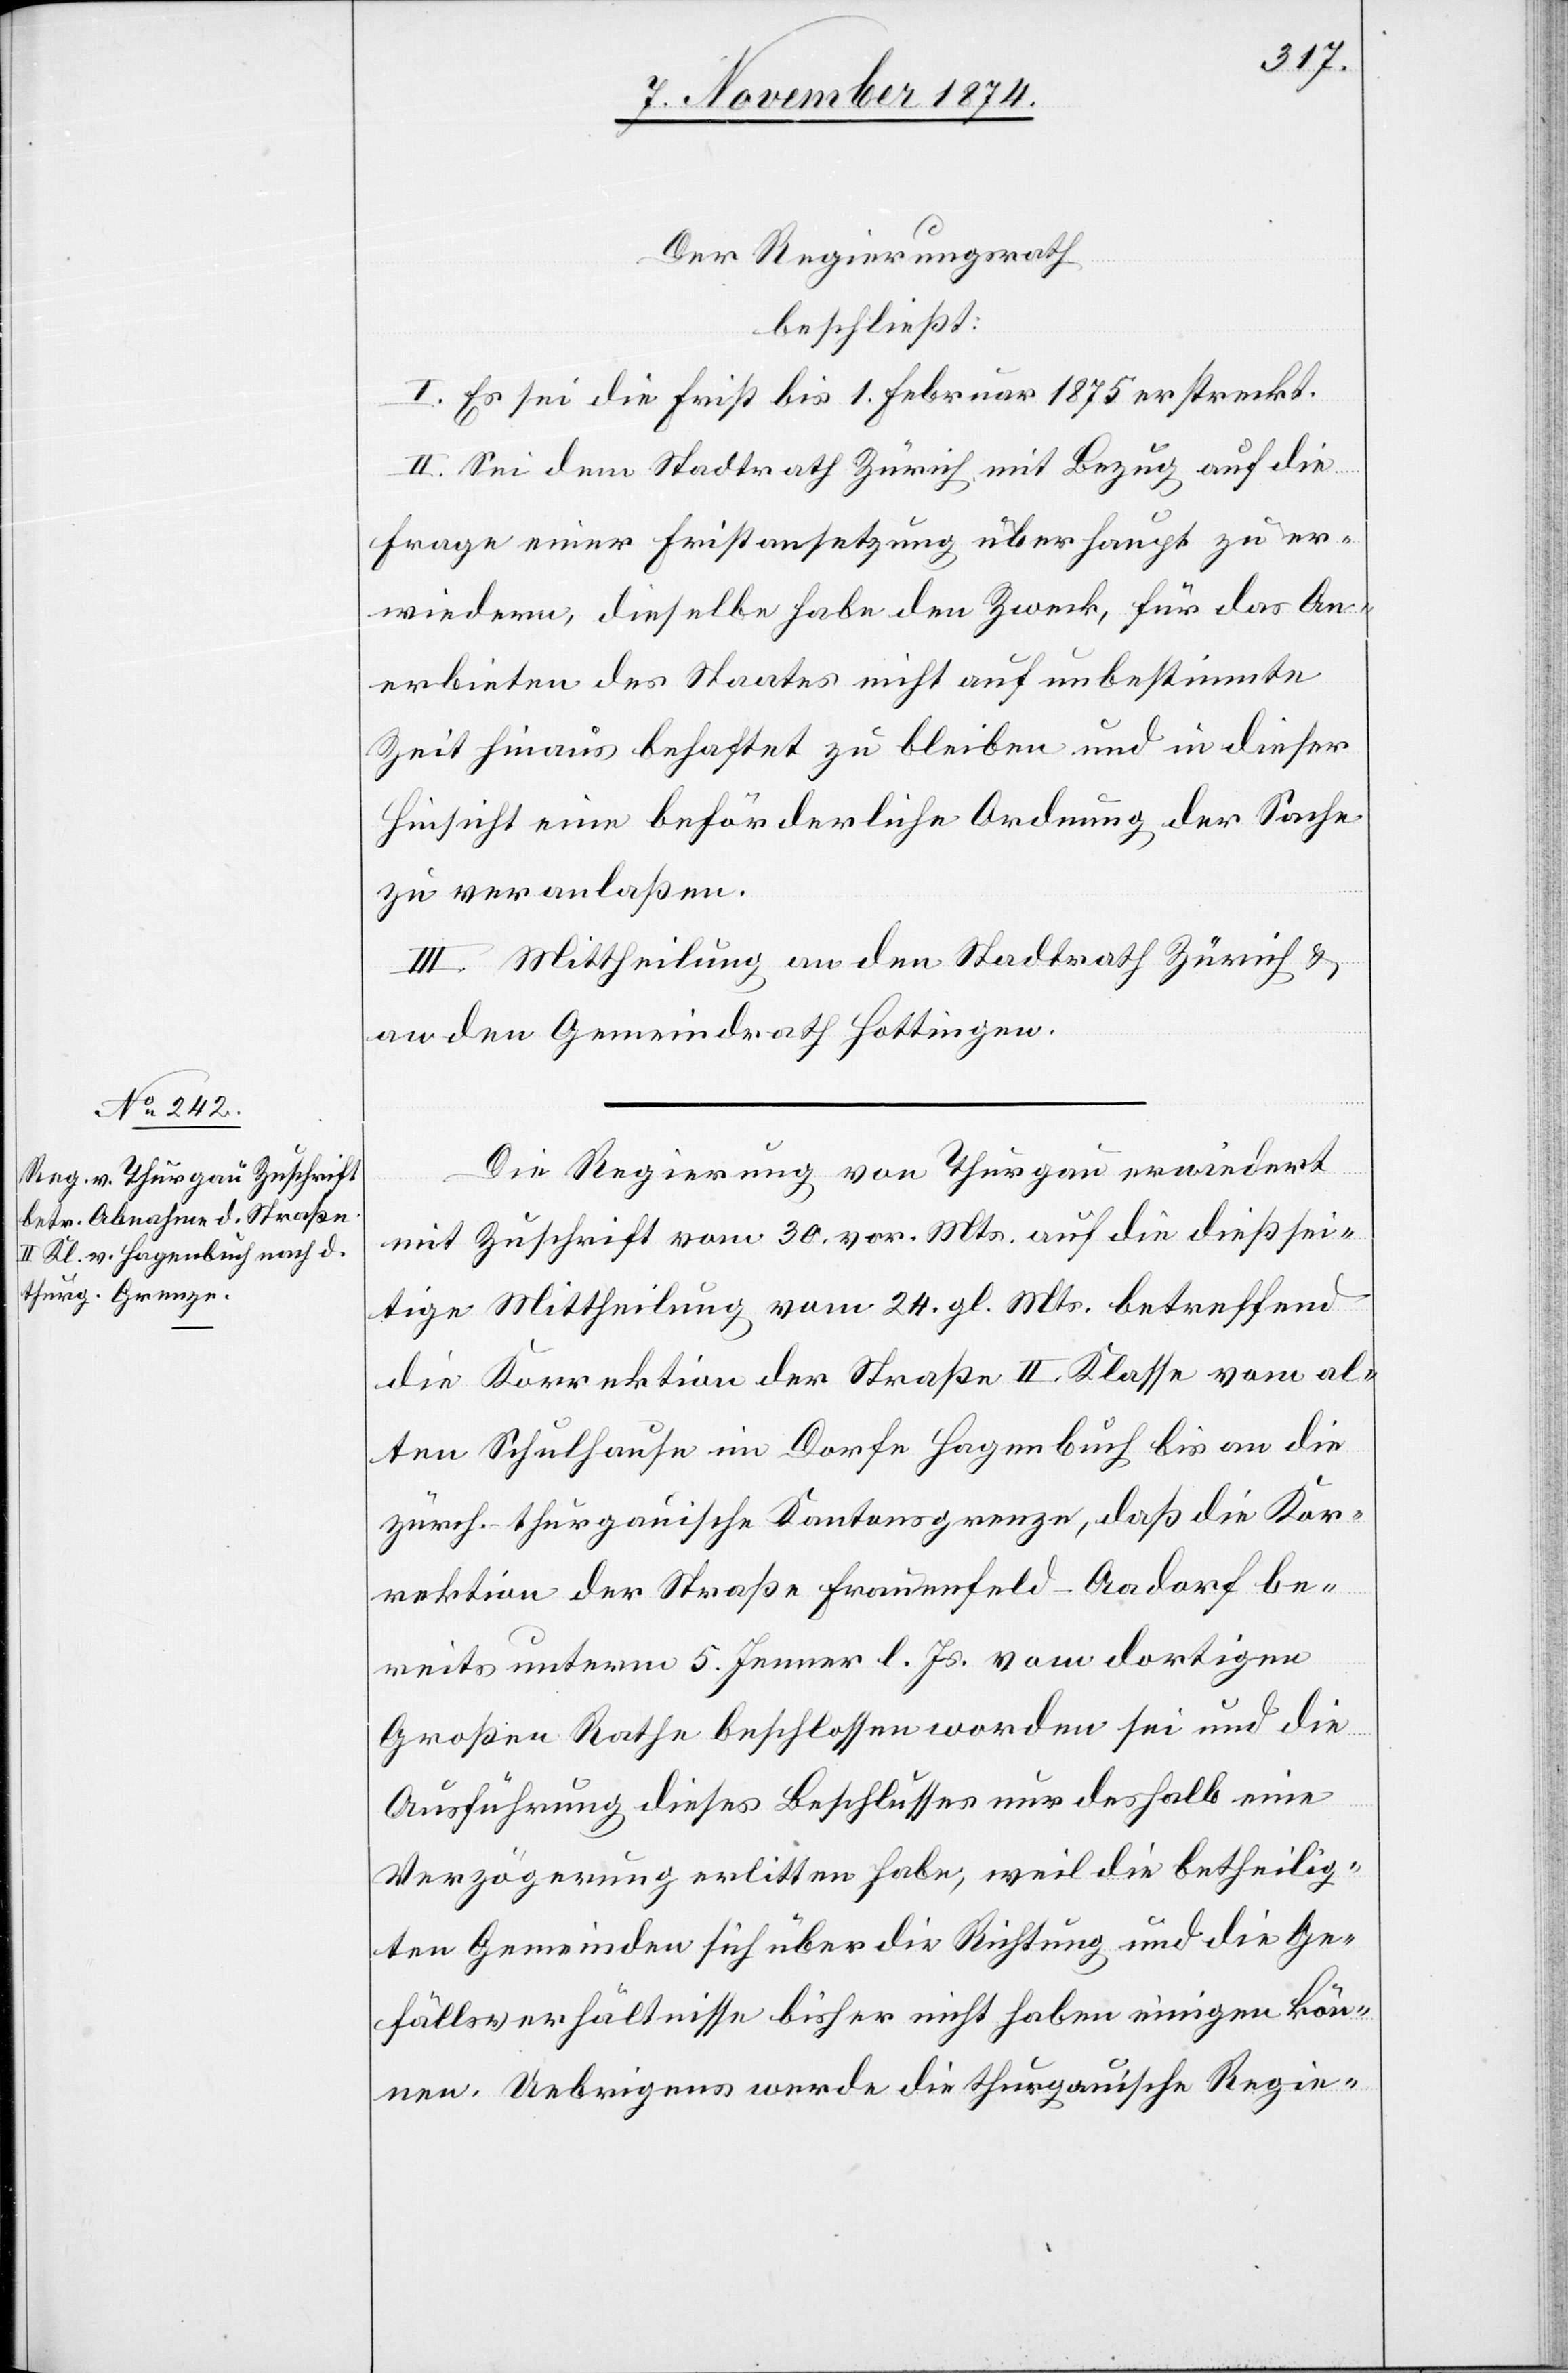
Der Regierungsrath
beschließt:
I. Es sei die Frist bis 1. Februar 1875 erstreckt.
II. Sei dem Stadtrath Zürich mit Bezug auf die
Frage einer Fristansetzung überhaupt zu er¬
wiedern, dieselbe habe den Zweck, für das An¬
erbieten des Staates nicht auf unbestimmte
Zeit hinaus behaftet zu bleiben und in dieser
Hinsicht eine beförderliche Ordnung der Sache
zu veranlaßen.
III. Mittheilung an den Stadtrath Zürich &
an den Gemeindrath Hottingen.
Die Regierung von Thurgau erwiedert
mit Zuschrift vom 30. vor. Mts. auf die dießsei¬
tige Mittheilung vom 24. gl. Mts. betreffend
die Korrektion der Straße II. Klasse vom al¬
ten Schulhause im Dorfe Hagenbuch bis an die
zürch.-thurgauische Kantonsgrenze, daß die Kor¬
rektion der Straße Frauenfeld–Aadorf be¬
reits unterm 5. Jenner l. Js. vom dortigen
Großen Rathe beschlossen worden sei und die
Ausführung dieses Beschlusses nur deshalb eine
Verzögerung erlitten habe, weil die betheilig¬
ten Gemeinden sich über die Richtung und die Ge¬
fällsverhältnisse bisher nicht haben einigen kön¬
nen. Uebrigens werde die thurgauische Regie-